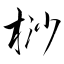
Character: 桫